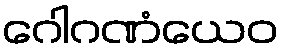
ဂေါဂဏံယေဝ